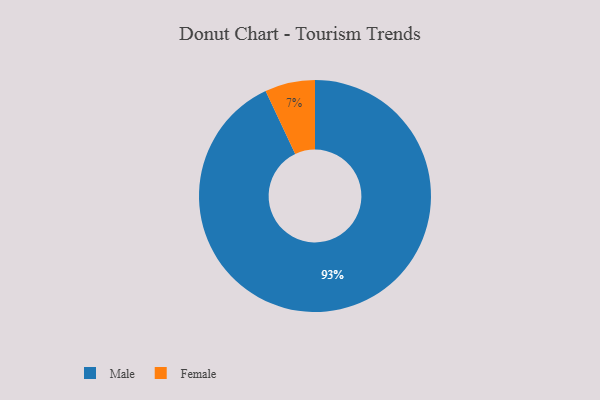
{"axis": {"x": "Category", "y": "Percentage"}, "legend": ["Female", "Male"], "data": [{"x": "Female", "y": 7, "type": "Female"}, {"x": "Male", "y": 93, "type": "Male"}]}